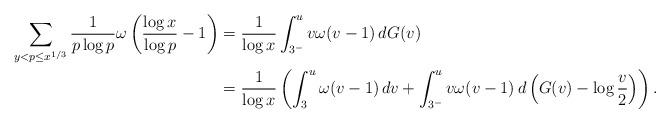
LaTeX: \begin{align*}\sum_{y<p\le x^{1/3}}\frac{1}{p\log p}\omega\left(\frac{\log x}{\log p}-1\right)&=\frac{1}{\log x}\int_{3^-}^{u}v\omega(v-1)\,dG(v)\\&=\frac{1}{\log x}\left(\int_{3}^{u}\omega(v-1)\,dv+\int_{3^-}^{u}v\omega(v-1)\,d\left(G(v)-\log\frac{v}{2}\right)\right).\end{align*}